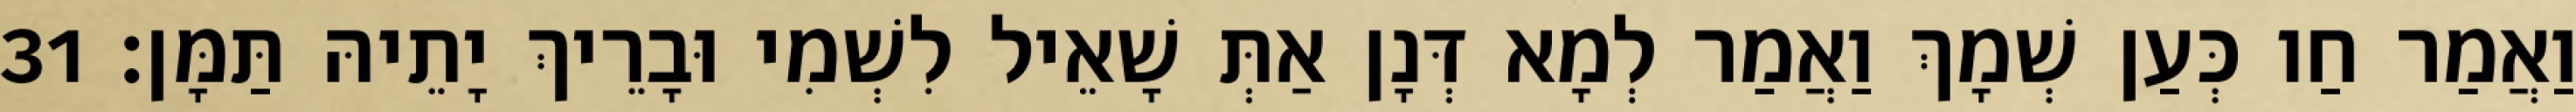
וַאֲמַר חַו כְּעַן שְׁמָךְ וַאֲמַר לְמָא דְּנָן אַתְּ שָׁאֵיל לִשְׁמִי וּבָרֵיךְ יָתֵיהּ תַּמָּן׃ 31